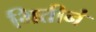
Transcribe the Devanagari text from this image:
भितीनं